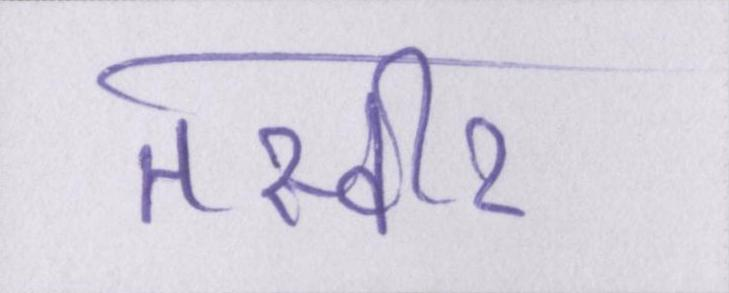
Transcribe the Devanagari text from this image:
तस्वीर